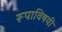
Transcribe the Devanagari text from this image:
रूपाविषयी